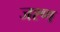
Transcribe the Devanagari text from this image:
जश्ण